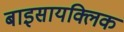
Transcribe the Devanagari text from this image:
बाइसायक्लिक